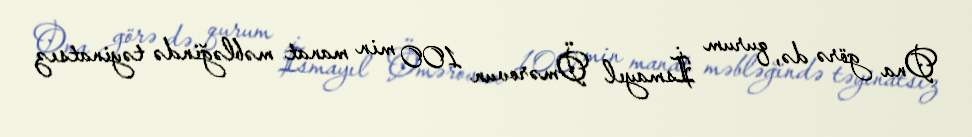
Ona görə də, qurum İsmayıl Ömərovun 100 min manat məbləğində təyinatsız